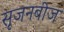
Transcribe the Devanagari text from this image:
सृजनबीज